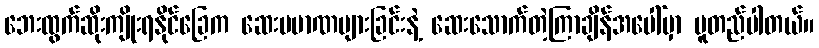
ဘေးထွက်ဆိုးကျိုးရနိုင်ခြေက ဆေးပမာဏများခြင်းနဲ့ ဆေးသောက်တဲ့ကြာချိန်အပေါ်မှာ မူတည်ပါတယ်။